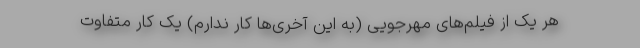
هر یک از فیلم‌های مهرجویی (به این آخری‌ها کار ندارم) یک کار متفاوت